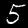
Digit: 5